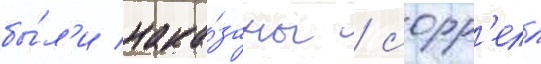
бы́л'и нака́заны / сорр'елл